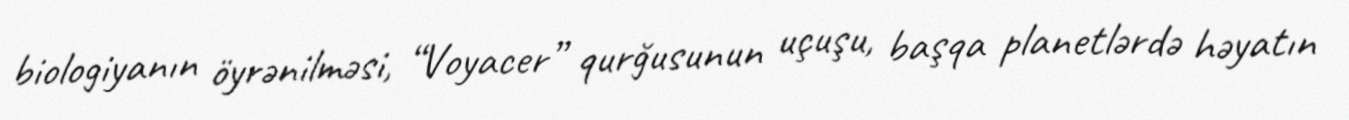
biologiyanın öyrənilməsi, “Voyacer” qurğusunun uçuşu, başqa planetlərdə həyatın